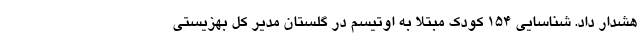
هشدار داد. شناسایی ۱۵۴ کودک مبتلا به اوتیسم در گلستان مدیر کل بهزیستی